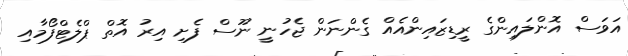
އަވަސް އޮންލައިންގެ ރީޑިޒައިންއެއް ގެންނަން ޖެހުނީ ނޫސް ފެށި އިރު އޮތް ޕްލެޓްފޯމާއި